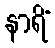
နာရိံ